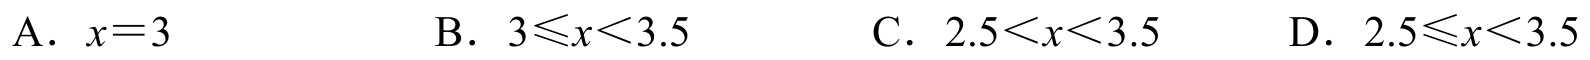
A. \(x = 3\)
B. \(3\leqslant x<3.5\)
C. \(2.5<x<3.5\)
D. \(2.5\leqslant x<3.5\)